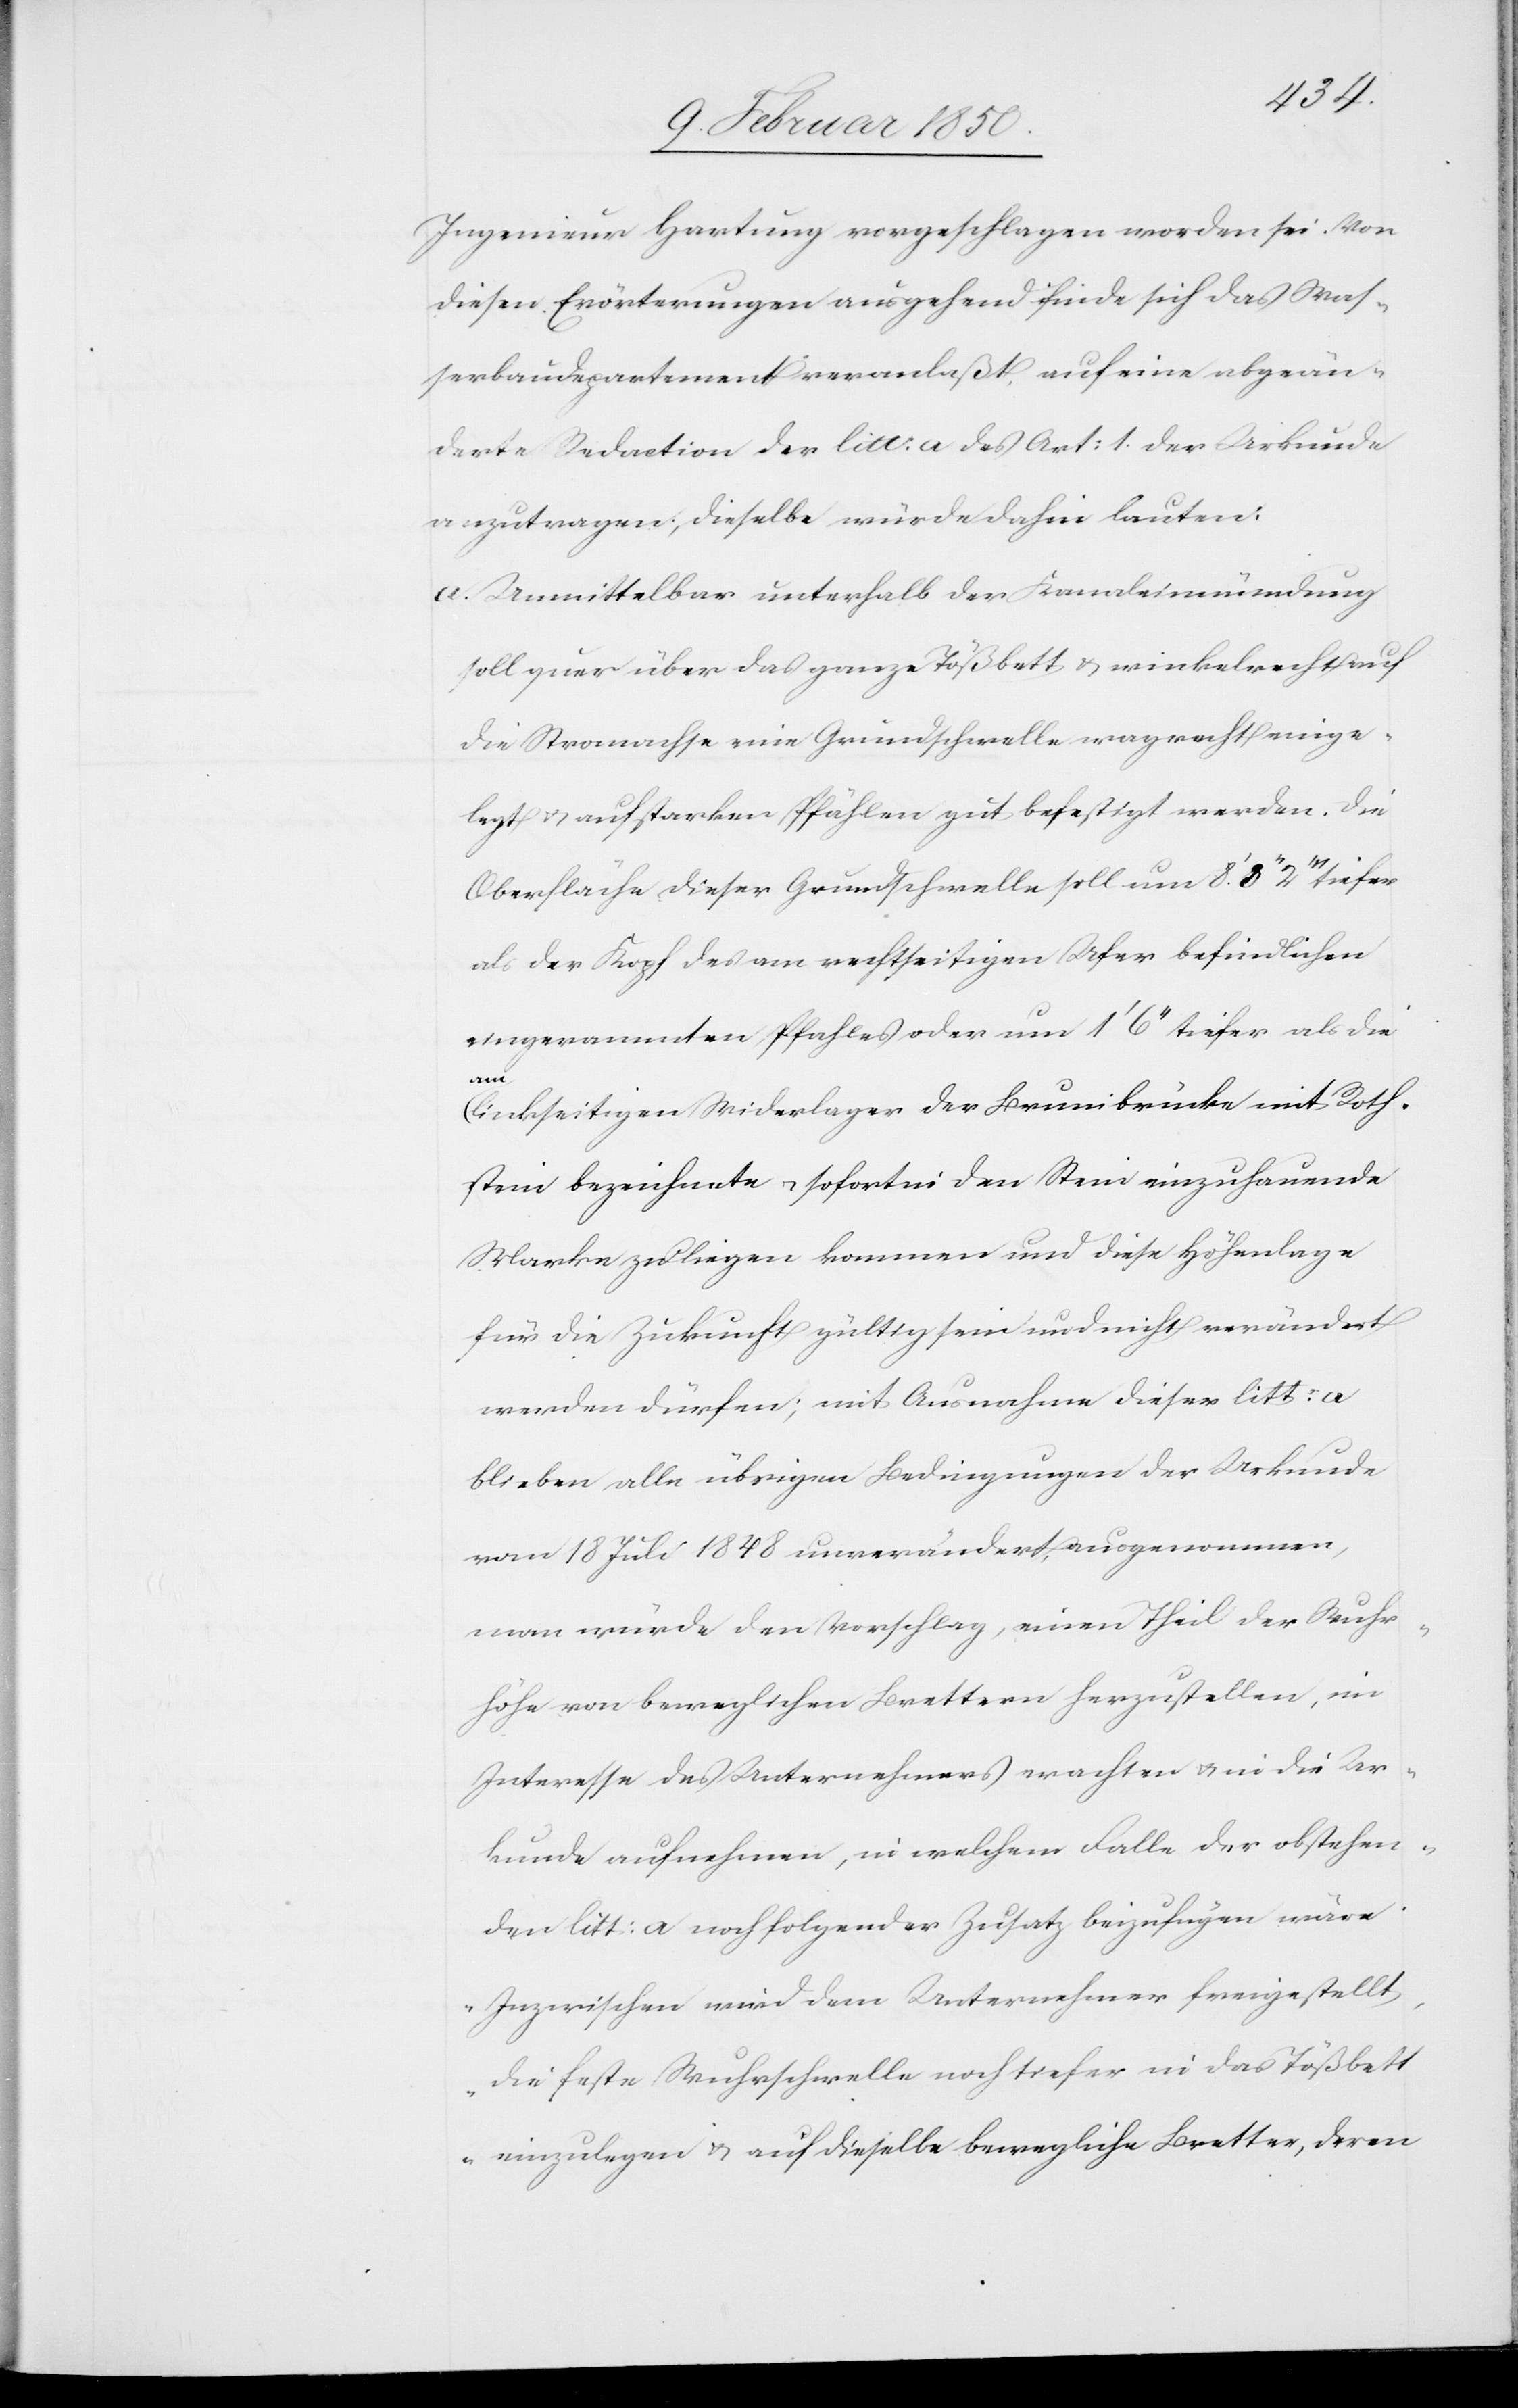
Ingenieur Hartung vorgeschlagen worden sei. Von
diesen Erörterungen ausgehend finde sich das Was¬
serbaudepartement veranlaßt, auf eine abgeän¬
derte Redaction der litt: a des Art: 1. der Urkunde
anzutragen; dieselbe würde dahin lauten:
a. Unmittelbar unterhalb der Kanaleinmündung
soll quer über das ganze Tößbett u. winkelrecht auf
die Stromachse eine Grundschwelle wagrecht einge¬
legt u. auf starken Pfählen gut befestigt werden. Die
Oberfläche dieser Grundschwelle solle um 8.ʼ 3ʼʼ 2ʼʼʼ
als der Kopf des am rechtseitigen Ufer befindlichen
eingerammten Pfahles oder um 1ʼ 6ʼʼ tiefer als die
am
linkseitigen Widerlager der Brunibrücke mit Roth¬
stein bezeichnete u. sofort in den Stein einzuhauende
Marke zu liegen kommen und diese Höhenlage
für die Zukunft gültig sein und nicht verändert
werden dürfen; mit Ausnahme dieser litt: a
blieben alle übrigen Bedingungen der Urkunde
vom 18 Juli 1848 unverändert, ausgenommen,
man würde den Vorschlag, einen Theil der Wuhr¬
höhe von beweglichen Brettern herzustellen, im
Interesse des Unternehmers erachten u. in die Ur¬
kunde aufnehmen, in welchem Falle der obstehen¬
den litt: a noch folgender Zusatz beizufügen wäre:
„Inzwischen wird dem Unternehmer freigestellt,
die feste Wuhrschwelle noch tiefer in das Tößbett
einzulegen u. auf dieselbe bewegliche Bretter, deren